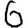
Digit: 6